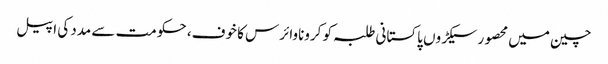
چین میں محصور سیکڑوں پاکستانی طلبہ کو کروناوائرس کا خوف، حکومت سے مدد کی اپیل